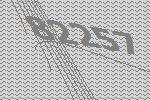
82257